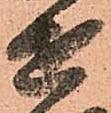
せ